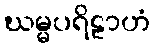
ဃမ္မပရိဠာဟံ